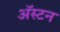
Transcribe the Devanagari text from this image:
अॅस्टन